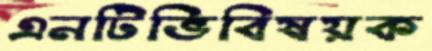
এনটিভিবিষয়ক